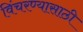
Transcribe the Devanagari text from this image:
विंचरण्यासाठी